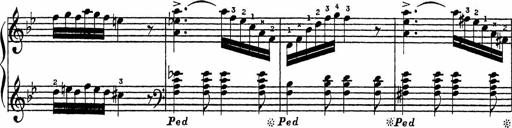
Title: Song of the River
Composer: Frederick Henry Pease